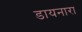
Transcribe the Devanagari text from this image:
डायनारा